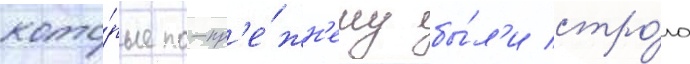
кото́рые по-пр'е́жн'ему бы́л'и стро́го